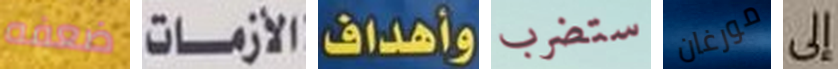
ضعفه الأزمات وأهداف ستضرب مورغان إلى